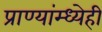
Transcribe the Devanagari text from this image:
प्राण्यांम्ध्येही